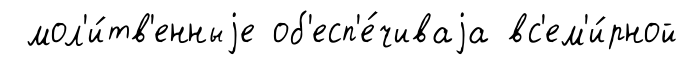
мол'и́тв'енныjе об'есп'е́чиваjа вс'ем'и́рной